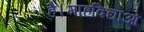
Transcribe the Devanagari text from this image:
है।माहविद्याओ